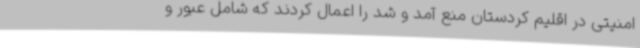
امنیتی در اقلیم کردستان منع آمد و شد را اعمال کردند که شامل عبور و